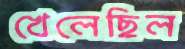
খেলেছিল